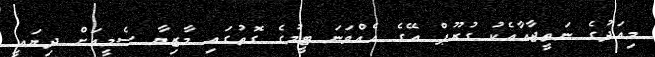
މިއަދުގެ ނަތީޖާއާއެކު ގުރޫޕް އޭގެ އެއްވަނަ ޓީމުގެ ގޮތުގައި މާޒިޔާ ސެމީއަށް ދިޔައީ